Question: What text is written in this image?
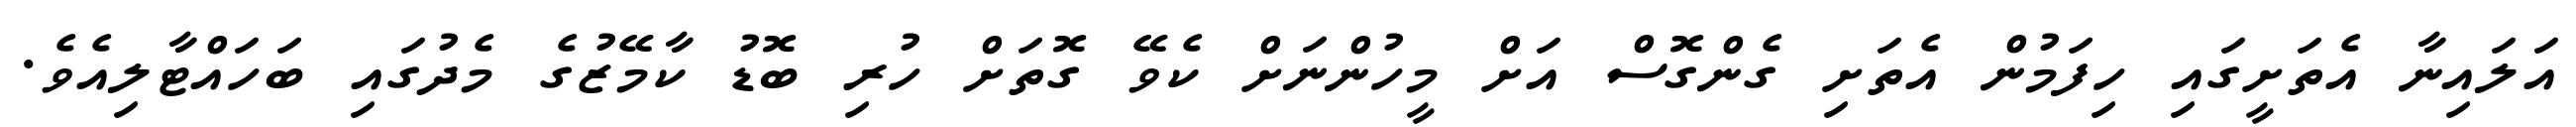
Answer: އަލައިނާ އެތަށީގައި ހިފަމުން އެތަށި ގެންގޮސް އަށް މީހުންނަށް ކެވޭ ގޮތަށް ހުރި ބޮޑު ކާމޭޒުގެ މެދުގައި ބަހައްޓާލިއެވެ.